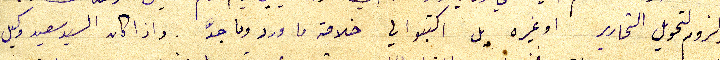
لا لزوم لتحويل التحارير او غيره بل اكتبوا لي خلاصة ما ورد وما جدّ. واذا كان السيد سعيد وكيل